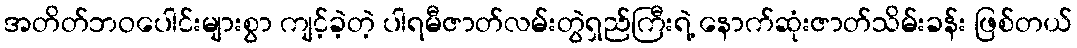
အတိတ်ဘဝပေါင်းများစွာ ကျင့်ခဲ့တဲ့ ပါရမီဇာတ်လမ်းတွဲရှည်ကြီးရဲ့ နောက်ဆုံးဇာတ်သိမ်းခန်း ဖြစ်တယ်